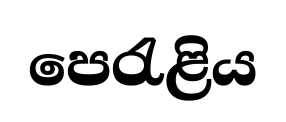
පෙරැළිය